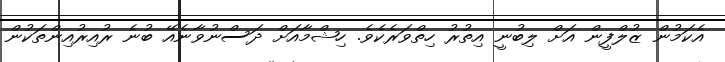
އެކަމުން ޒުލްފީން އަށް ލިބުނީ އިތުރު ހިތްވަރެކެވެ. ހިޝްމާއަށް ދަސްނުވާނެއޭ ބުނެ ރުއިރުއިންތަކުން